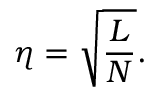
\eta = \sqrt { { \frac { L } { N } } } .